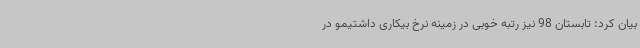
بیان کرد: تابستان 98 نیز رتبه خوبی در زمینه نرخ بیکاری داشتیمو در